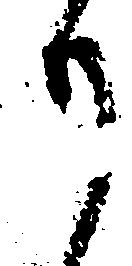
り